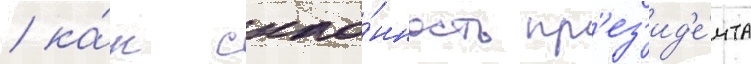
/ ка́к скло́нность пр'ез'ид'е́нта